Vaccination in Burma 1920-1933 - 1920-1933
Year: 1920
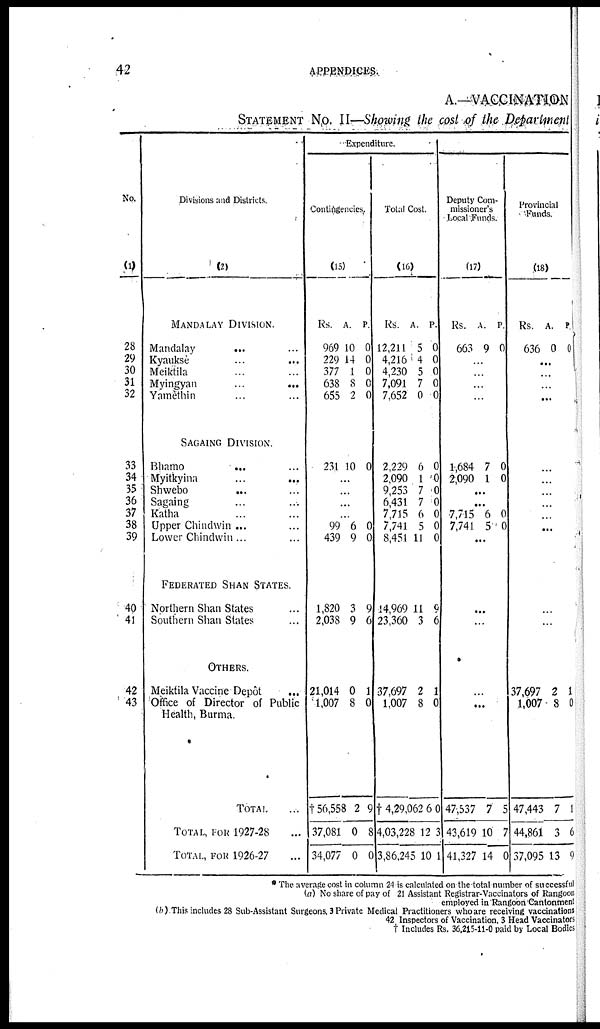
42
APPENDICES.
A.—VACCINATION
STATEMENT NO. II—Showing the cost of the Department
No.
(1)
28
29
30
31
32
33
34
35
36
37
38
39
40
41
42
43
Divisions and Districts.
(2)
MANDALAY DIVISION.
Mandalay
... ...
Kyauksè ... ...
Meiktila ... ...
Myingyan
...
...
Yamèthin ... ...
SAGAING DIVISION.
Bhamo ... ...
Myitkyina
...
...
Shwebo
... ...
Sagaing ... ...
Katha ... ...
Upper Chindwin ... ...
Lower Chindwin... ...
FEDERATED SHAN STATES.
Northern Shan States ...
Southern Shan Slates ...
OTHERS.
Meiktila Vaccine Depôt
...
Office of Director of Public
Health, Burma.
TOTAL ...
TOTAL, FOR 1927-28 ...
TOTAL, FOR 1926-27 ...
Expenditure.
Contingencies.
(15)
Rs.
969
229
377
638
655
A.
10
14
1
8
2
P.
0
0
0
0
0
231 10 0
...
...
...
...
99
439
6
9
0
0
1,820
2,038
3
9
9
6
21,014
1,007
0
8
1
0
†56,558
37,081
34,077
2
0
0
9
8
0
Total Cost.
(16)
Rs.
12,211
4,216
4,230
7,091
7,652
A.
5
4
5
7
0
P.
0
0
0
0
0
2,229
2,090
9,253
6,431
7,715
7,741
8,451
6
1
7
7
6
5
11
0
0
0
0
0
0
0
14,969
23,360
11
3
9
6
37,697
1,007
2
8
1
0
† 4,29,062
4,03,228
3,86,245
6
12
10
0
3
1
Deputy Com-
missioner's
Local Funds.
(17)
Rs.
663
A.
9
P.
0
...
...
...
...
1,684
2,090
7
1
0
0
...
...
7,715
7,741
6
5
0
0
...
...
...
...
...
47,537
43,619
41,327
7
10
14
5
7
0
Provincial
Funds.
(18)
Rs.
636
A.
0
P.
0
...
...
...
...
...
...
...
...
...
...
...
...
37,697
1,007
2
8
1
0
47,443
44,861
37,095
7
3
13
1
6
9
* The average cost in column 24 is calculated on the total number of successful
(a) No share of pay of 21 Assistant Registrar-Vaccinators of Rangoon
employed in Rangoon Cantonment
(b) This includes 28 Sub-Assistant Surgeons, 3 Private Medical Practitioners who are receiving vaccinations
42 Inspectors of Vaccination, 3 Head Vaccinators
† Includes Rs. 36,215-11-0 paid by Local Bodies